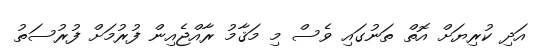
އަދި ކުރިޔަށް އޮތް ތަނުގައި ވެސް މި މަޤާމު ރާއްޖެއިން ފުރުމަށް ފުރުސަތު